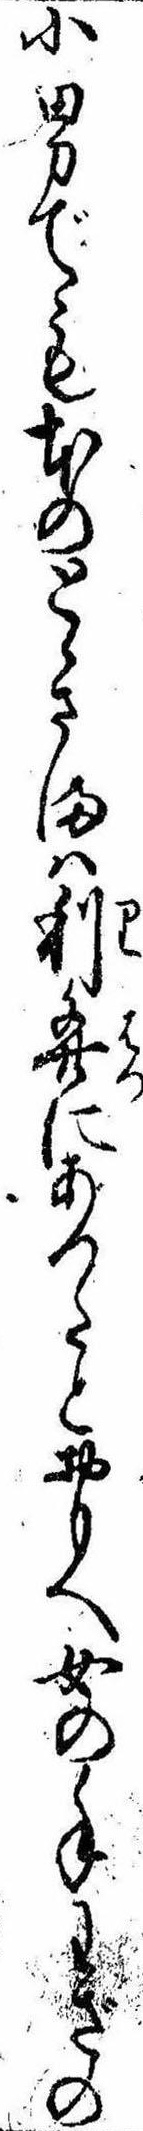
小男でも本のとゝさまは利発にあつたとおもへ女の手わざの